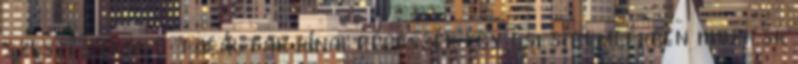
szeszes italt találtak kínai régészek egy ősi síremlékben hirek.sk